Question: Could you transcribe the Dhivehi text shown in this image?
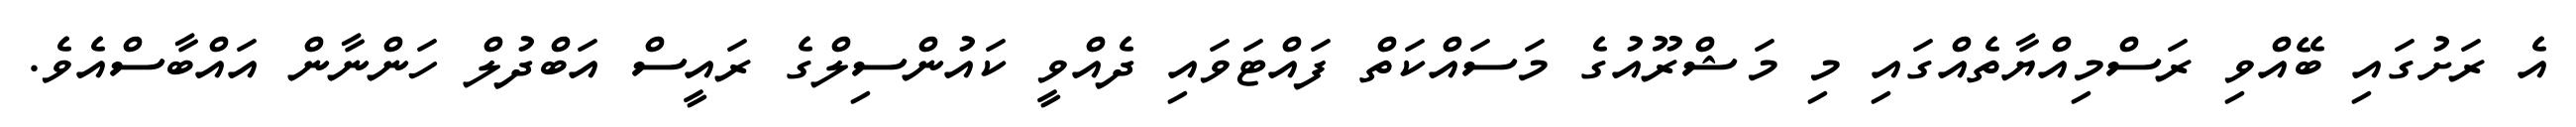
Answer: އެ ރަށުގައި ބޭއްވި ރަސްމިއްޔާތެއްގައި މި މަޝްރޫއުގެ މަސައްކަތް ފައްޓަވައި ދެއްވީ ކައުންސިލްގެ ރައީސް އަބްދުލް ހަންނާން އައްބާސްއެވެ.